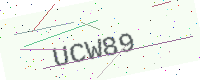
Text: UCW89